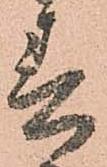
春